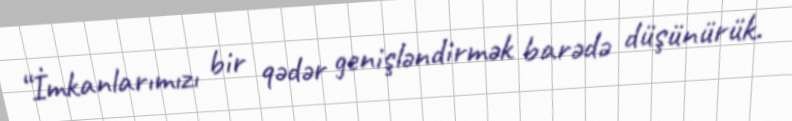
“İmkanlarımızı bir qədər genişləndirmək barədə düşünürük.